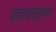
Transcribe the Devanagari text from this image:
कझाकस्तानात